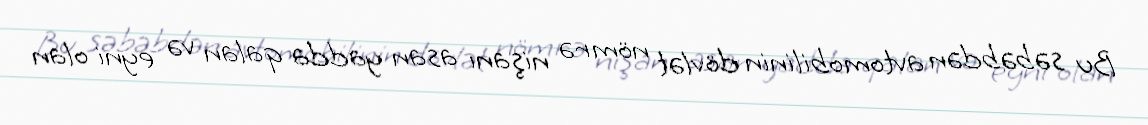
Bu səbəbdən avtomobilinin dövlət nömrə nişanı asan yadda qalan və eyni olan